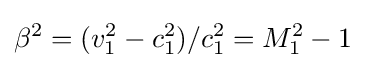
\beta ^{2}=(v_{1}^{2}-c_{1}^{2})/c_{1}^{2}=M_{1}^{2}-1